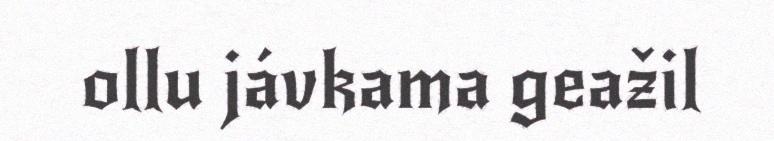
ollu jávkama geažil